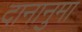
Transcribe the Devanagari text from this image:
दानानुमा